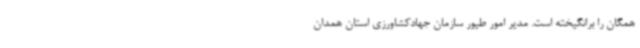
همگان را برانگیخته است. مدیر امور طیور سازمان جهادکشاورزی استان همدان